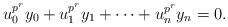
\begin{align*}u_0^{p^{r}}y_0+u_1^{p^{r}}y_1+\cdots+u_n^{p^{r}}y_n=0.\end{align*}